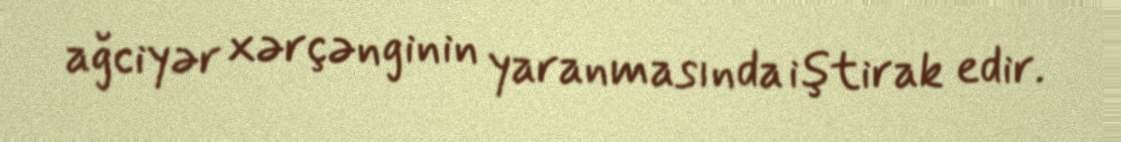
ağciyər xərçənginin yaranmasında iştirak edir.